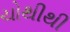
ચોથીથી